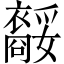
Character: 𧞥